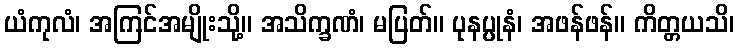
ယံကုလံ၊ အကြင်အမျိုးသို့။ အသိက္ခဏံ၊ မပြတ်။ ပုနပ္ပုနံ၊ အဖန်ဖန်။ ကိတ္တယသိ၊